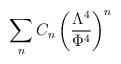
\begin{align*}\sum_n C_n \left( \frac{\Lambda^4}{\Phi^4}\right)^n\end{align*}